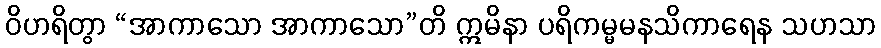
ဝိဟရိတွာ “အာကာသော အာကာသော”တိ ဣမိနာ ပရိကမ္မမနသိကာရေန သဟသာ